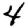
Digit: 4